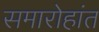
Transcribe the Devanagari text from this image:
समारोहांत